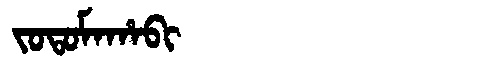
Manchu: ᠵᠣᡨᠣᠮᠠᡥᠠᠪᡳ
Romanization: JOTOMAHABI